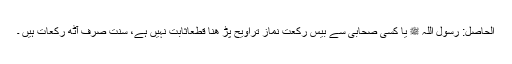
الحاصل: رسول اللہ ﷺ یا کسی صحابی سے بیس رکعت نمازِ تراویح پڑ ھنا قطعاًثابت نہیں ہے، سنت صرف آٹھ رکعات ہیں ۔